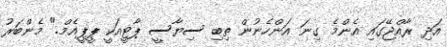
އަދި ރާއްޖޭގައި އެންމެ ގިނަ އަންހެނުން ތިބި ސިޔާސީ ޕާޓީއަކީ ޕީޕީއެމް." މެންބަރު